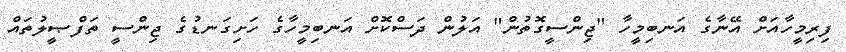
ފިރިމީހާއަށް އޭނާގެ އަނބިމީހާ "ޖިންސީގޮތުން" އަލުން ދަސްކޮށް އަނބިމީހާގެ ހަށިގަނޑުގެ ޖިންސީ ތަފްޞީލުތައް